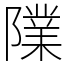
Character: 䧨